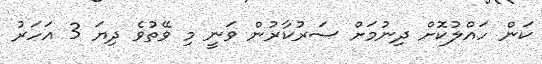
ކަން ހައްލުކޮށް ދިނުމަށް ސަރުކާރުން ވަނީ މި ވޭތުވެ ދިޔަ 3 އަހަރު